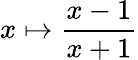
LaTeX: x\mapsto{\frac{x-1}{x+1}}